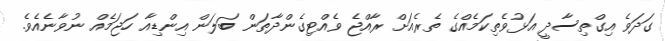
ގަދަވެ އިގްތިސާދީ އަޅުވެތިކަމެއްގެ ތެރެއަށް ރާއްޖެ ވެއްޓިގެންދާތަން ބަލަން އިންޑިއާ ހަޖަމެއް ނުވާނެއެވެ.